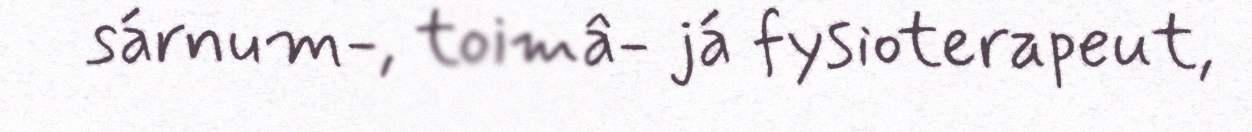
sárnum-, toimâ- já fysioterapeut,